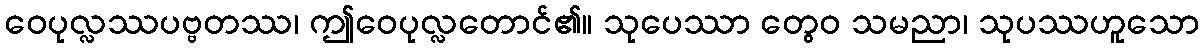
ဝေပုလ္လဿပဗ္ဗတဿ၊ ဤဝေပုလ္လတောင်၏။ သုပေဿာ တွေဝ သမညာ၊ သုပဿဟူသော